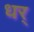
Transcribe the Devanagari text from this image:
धर्